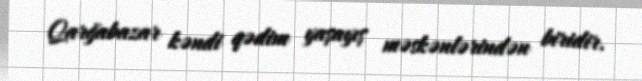
Qarğabazar kəndi qədim yaşayış məskənlərindən biridir.